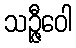
သဉ္ဇီဝေါ